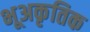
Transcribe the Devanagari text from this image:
भूअकृतिक